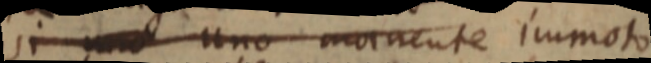
si _ uno morvente immoto